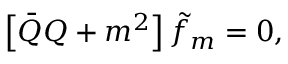
\left[ \bar { Q } Q + m ^ { 2 } \right] \tilde { f } _ { m } = 0 ,